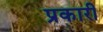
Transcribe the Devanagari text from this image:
प्रकारी